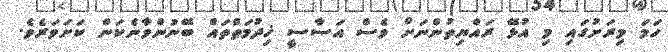
ހަމަ މިރަށުގައި މި އުޅޭ ރައްޔިތުންނަށް ވެސް އަސާސީ ޚިދުމަތްތައް ބޭނުންވާނެކަން ކަށަވަރެވެ.